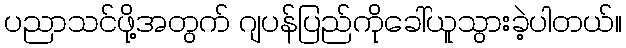
ပညာသင်ဖို့အတွက် ဂျပန်ပြည်ကိုခေါ်ယူသွားခဲ့ပါတယ်။